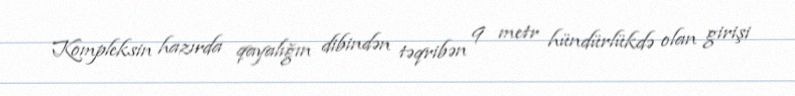
Kompleksin hazırda qayalığın dibindən təqribən 9 metr hündürlükdə olan girişi